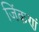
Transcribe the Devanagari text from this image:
जिंकणं